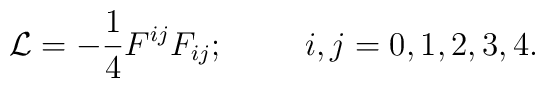
{\cal L} = -{\frac{1}{4}}{F^{ij}F_{ij}} ; \hskip 1.0cm i,j = 0, 1, 2, 3, 4.